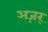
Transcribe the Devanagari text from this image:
अज़र्